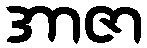
အာဇာ